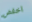
اخفض